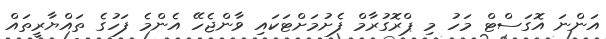
އަންނަ އޮގަސްޓް މަހު މި ޕްރޮގުރާމް ފެށުމަށްޓަކައި ވާންޖެހޭ އެންމެ ފަހުގެ ތައްޔާރީތައް